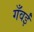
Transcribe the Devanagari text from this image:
गँवईं